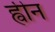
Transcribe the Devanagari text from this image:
ह्वीन